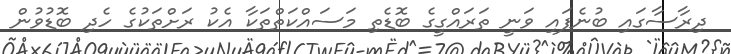
ދިރާސާގައި ބުނެފައި ވަނީ ތަރައްގީގެ ބޮޑެތި މަސައްކަތްތަކާ އެކު ރަށްތަކުގެ ހެދި ބޮޑުވުން